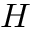
\boldsymbol { H }